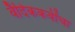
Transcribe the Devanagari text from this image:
वैदिककवींचा